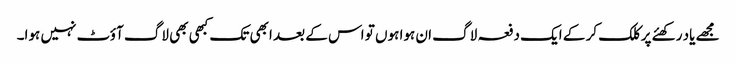
مجھے یاد رکھئے پر کلک کر کے ایک دفعہ لاگ ان ہوا ہوں تو اس کے بعد ابھی تک کبھی بھی لاگ آؤٹ نہیں ہوا۔